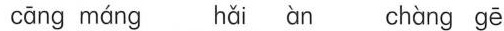
cāng máng hǎi àn chàng gē